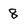
Character: 8